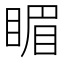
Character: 睸